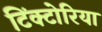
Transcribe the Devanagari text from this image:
टिंक्टोरिया